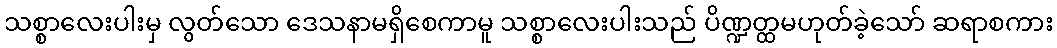
သစ္စာလေးပါးမှ လွတ်သော ဒေသနာမရှိစေကာမူ သစ္စာလေးပါးသည် ပိဏ္ဍတ္ထမဟုတ်ခဲ့သော် ဆရာစကား